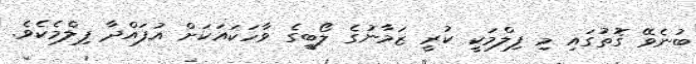
ބުނެވޭ ގޮތުގައި މި ފިލްމަކީ ކުރީ ޒަމާނުގެ ލޯބީގެ ވާހަކައަކަށް އުފައްދާ ފިލްމެކެވެ.